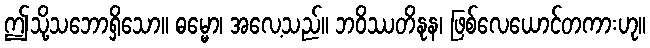
ဤသို့သဘောရှိသော။ ဓမ္မော၊ အလေ့သည်။ ဘဝိဿတိနုန၊ ဖြစ်လေယောင်တကားဟု။